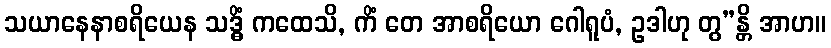
သယာနေနာစရိယေန သဒ္ဓိံ ကထေသိ, ကိံ တေ အာစရိယော ဂေါရူပံ, ဥဒါဟု တွ”န္တိ အာဟ။